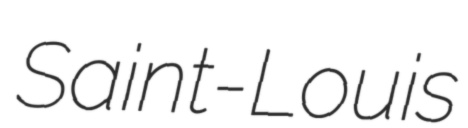
Saint-Louis